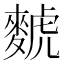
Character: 𫜐